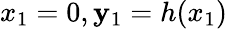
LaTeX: x_{1}=0,\mathbf{y}_{1}=h(x_{1})